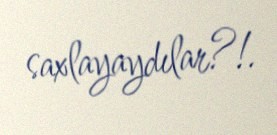
saxlayaydılar?!.